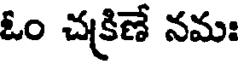
ఓం చక్రిణే నమః